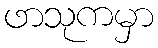
ဖာသုကမှာ